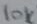
Text: 10K